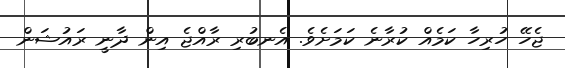
ޖެހޭ ހުރިހާ ކަމެއް ކުރާނެ ކަމަށެވެ. އެނބުރި ރާއްޖެ އިން ދާނީ ރައުޝަން